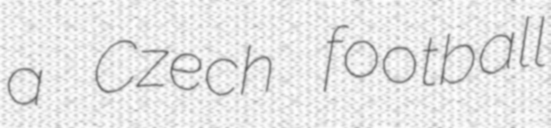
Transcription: a Czech football